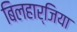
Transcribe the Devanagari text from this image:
बिलहार्जिया